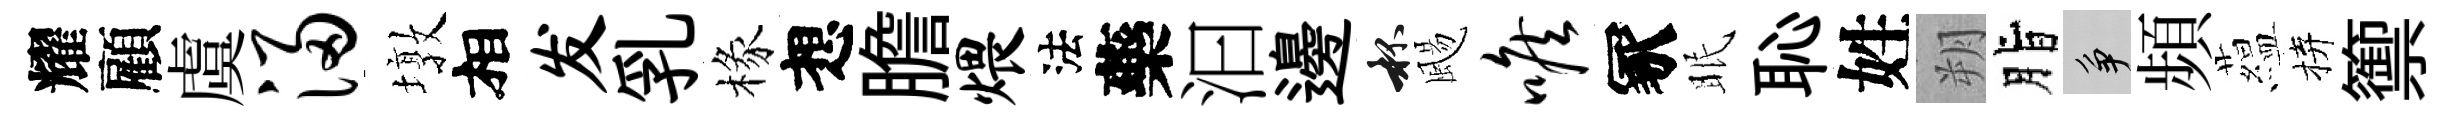
耀顧虞浸墩相发乳椽想膽煨法藥汩邊杯颺喉冢眠恥姓朔脂争頻藴拚籞